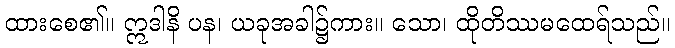
ထားစေ၏။ ဣဒါနိ ပန၊ ယခုအခါ၌ကား။ သော၊ ထိုတိဿမထေရ်သည်။